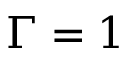
\Gamma = 1